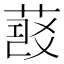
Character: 𦷠